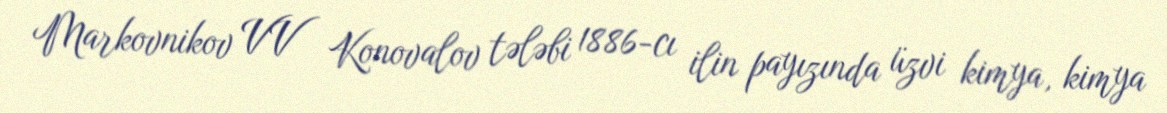
Markovnikov VV Konovalov tələbi 1886-cı ilin payızında üzvi kimya, kimya